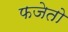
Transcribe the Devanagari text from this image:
फजेतो